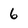
Character: 6